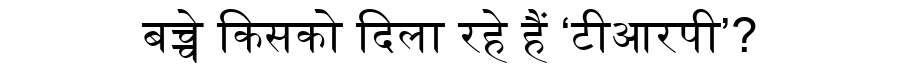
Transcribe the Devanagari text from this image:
बच्चे किसको दिला रहे हैं ‘टीआरपी’?